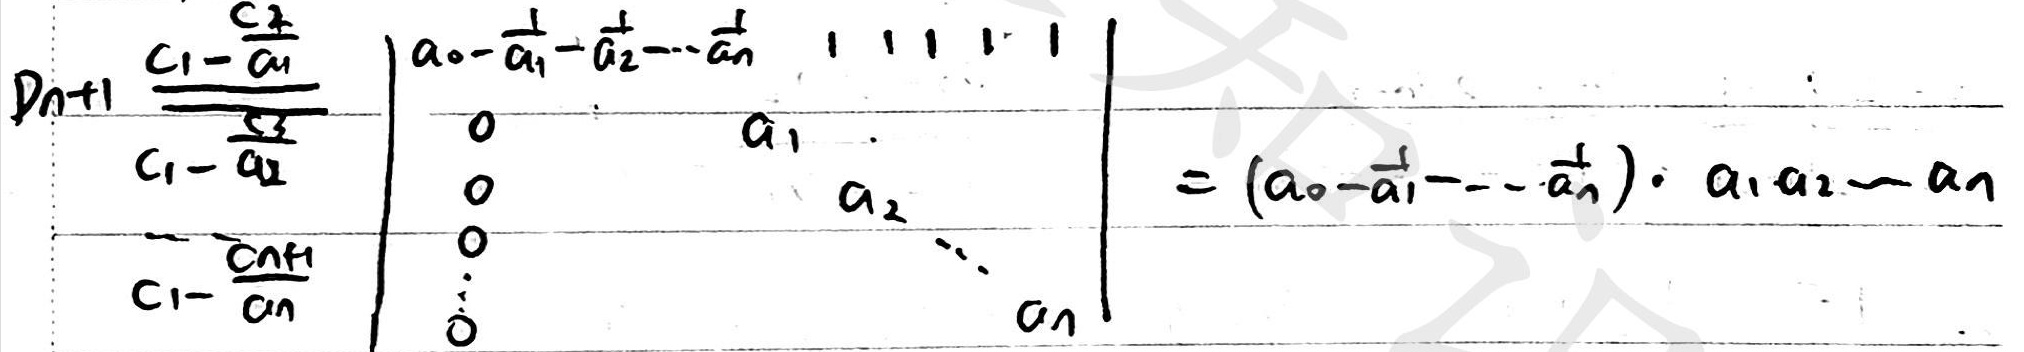
\[
D_{n + 1}\overset{\begin{matrix}C_1-\frac{C_2}{a_1}\\C_1-\frac{C_3}{a_2}\\\vdots\\C_1-\frac{C_{n + 1}}{a_n}\end{matrix}}{=}
\left|\begin{array}{ccccc}
a_0-\frac{1}{a_1}-\frac{1}{a_2}-\cdots-\frac{1}{a_n}&1&1&1&1\\
0&a_1&&&\\
0&&a_2&&\\
0&&&\ddots&\\
0&&&&a_n
\end{array}\right|=
\left(a_0-\frac{1}{a_1}-\cdots-\frac{1}{a_n}\right)\cdot a_1a_2\cdots a_n
\]